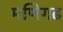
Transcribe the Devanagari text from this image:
मणिगढ